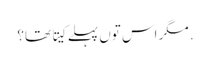
. مگر اس تو‏ں پہلے کیتا تھا؟